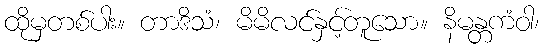
ထိုမှတစ်ပါး။ တာဒိသံ၊ မိမိလင်နှင့်တူသော။ နိမန္တကံဝါ၊